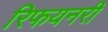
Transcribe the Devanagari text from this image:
रिफयनरी